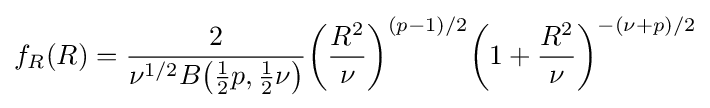
f_{R}(R)={\frac {2}{\nu ^{1/2}B{\big (}{\frac {1}{2}}p,{\frac {1}{2}}\nu {\big )}}}{\bigg (}{\frac {R^{2}}{\nu }}{\bigg )}^{(p-1)/2}{\bigg (}1+{\frac {R^{2}}{\nu }}{\bigg )}^{-(\nu +p)/2}